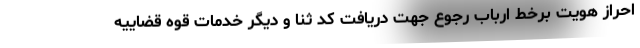
احراز هویت برخط ارباب رجوع جهت دریافت کد ثنا و دیگر خدمات قوه قضاییه